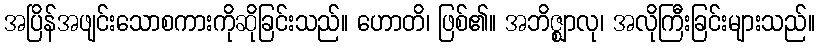
အပြိန်အဖျင်းသောစကားကိုဆိုခြင်းသည်။ ဟောတိ၊ ဖြစ်၏။ အဘိဇ္ဈာလု၊ အလိုကြီးခြင်းများသည်။